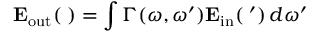
\mathbf { E _ { \mathrm { o u t } } ( \omega ) } = \int \Gamma ( \omega , \omega ^ { \prime } ) \mathbf { E _ { \mathrm { i n } } ( \omega ^ { \prime } ) } \, d \omega ^ { \prime }